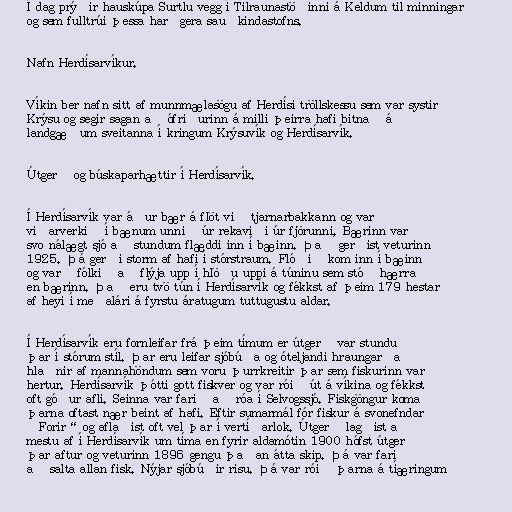
Í dag prýðir hauskúpa Surtlu vegg í Tilraunastöðinni á Keldum til minningar
og sem fulltrúi þessa harðgera sauðkindastofns.

Nafn Herdísarvíkur.

Víkin ber nafn sitt af munnmælasögu af Herdísi tröllskessu sem var systir
Krýsu og segir sagan að ófriðurinn á milli þeirra hafi bitnað á
landgæðum sveitanna í kringum Krýsuvík og Herdísarvík.

Útgerð og búskaparhættir í Herdísarvík.

Í Herdísarvík var áður bær á flöt við tjarnarbakkann og var
viðarverkið í bænum unnið úr rekaviði úr fjörunni, Bærinn var
svo nálægt sjó að stundum flæddi inn í bæinn. Það gerðist veturinn
1925. Þá gerði storm af hafi í stórstraum. Flóðið kom inn í bæinn
og varð fólkið að flýja upp í hlöðu uppi á túninu sem stóð hærra
en bærinn. Það eru tvö tún í Herdísarvík og fékkst af þeim 179 hestar
af heyi í meðalári á fyrstu áratugum tuttugustu aldar.

Í Herdísarvík eru fornleifar frá þeim tímum er útgerð var stunduð
þar í stórum stíl. Þar eru leifar sjóbúða og óteljandi hraungarða
hlaðnir af mannahöndum sem voru þurrkreitir þar sem fiskurinn var
hertur. Herdísarvík þótti gott fiskver og var róið út á víkina og fékkst
oft góður afli. Seinna var farið að róa í Selvogssjó. Fiskgöngur koma
þarna oftast nær beint af hafi. Eftir sumarmál fór fiskur á svonefndar
„Forir“ og aflaðist oft vel þar í vertíðarlok. Útgerð lagðist að
mestu af í Herdísarvík um tíma en fyrir aldamótin 1900 hófst útgerð
þar aftur og veturinn 1896 gengu þaðan átta skip. Þá var farið
að salta allan fisk. Nýjar sjóbúðir risu. Þá var róið þarna á tíæringum